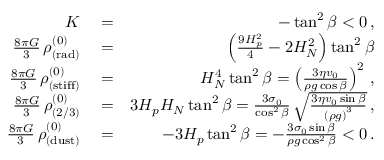
\begin{array} { r l r } { K } & { { } = } & { - \tan ^ { 2 } \beta < 0 \, , } \\ { \frac { 8 \pi G } { 3 } \, \rho _ { \mathrm { ( r a d ) } } ^ { ( 0 ) } } & { { } = } & { \left( \frac { 9 H _ { p } ^ { 2 } } { 4 } - 2 H _ { N } ^ { 2 } \right) \tan ^ { 2 } \beta } \\ { \frac { 8 \pi G } { 3 } \, \rho _ { \mathrm { ( s t i f f ) } } ^ { ( 0 ) } } & { { } = } & { H _ { N } ^ { 4 } \tan ^ { 2 } \beta = \left( \frac { 3 \eta v _ { 0 } } { \rho g \cos \beta } \right) ^ { 2 } \, , } \\ { \frac { 8 \pi G } { 3 } \, \rho _ { ( 2 / 3 ) } ^ { ( 0 ) } } & { { } = } & { 3 H _ { p } H _ { N } \tan ^ { 2 } \beta = \frac { 3 \sigma _ { 0 } } { \cos ^ { 2 } \beta } \, \sqrt { \frac { 3 \eta v _ { 0 } \sin \beta } { \left( \rho g \right) ^ { 3 } } } \, , } \\ { \frac { 8 \pi G } { 3 } \, \rho _ { \mathrm { ( d u s t ) } } ^ { ( 0 ) } } & { { } = } & { - 3 H _ { p } \tan ^ { 2 } \beta = - \frac { 3 \sigma _ { 0 } \sin \beta } { \rho g \cos ^ { 2 } \beta } < 0 \, . } \end{array}